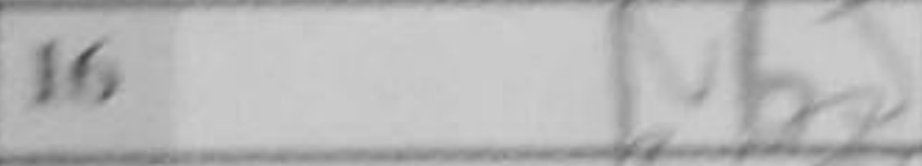
Transcription: Nb5